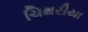
ચિથરીયા